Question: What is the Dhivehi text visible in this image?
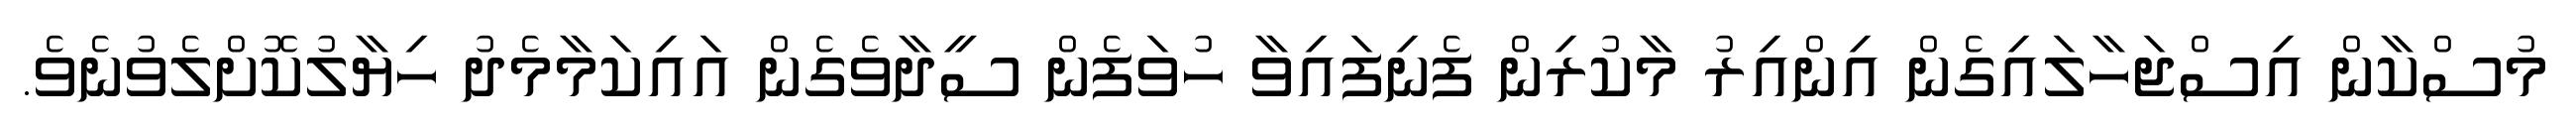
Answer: މުސްކާން އިސްޖަހާލައިގެން އިންއިރު މާކުރިން ފެނިފައިވާ ހުވަފެން ސީދާވެގެން އައިކަމާމެދު ހިޔާލުކޮށްލެވުނެވެ.